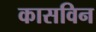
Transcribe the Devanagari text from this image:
कासविन